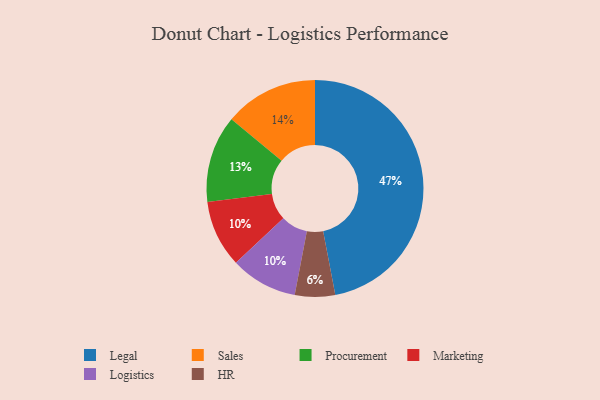
{"axis": {"x": "Category", "y": "Percentage"}, "legend": ["HR", "Legal", "Logistics", "Marketing", "Procurement", "Sales"], "data": [{"x": "Marketing", "y": 10, "type": "Marketing"}, {"x": "Sales", "y": 14, "type": "Sales"}, {"x": "Legal", "y": 47, "type": "Legal"}, {"x": "Procurement", "y": 13, "type": "Procurement"}, {"x": "HR", "y": 6, "type": "HR"}, {"x": "Logistics", "y": 10, "type": "Logistics"}]}